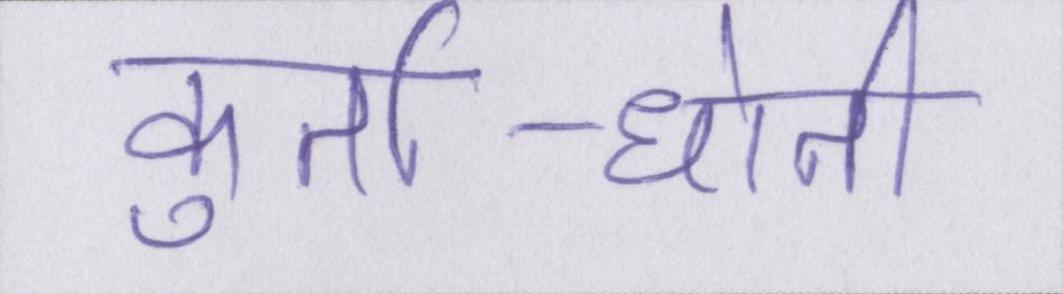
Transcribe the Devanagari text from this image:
कुर्ता-धोती